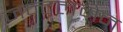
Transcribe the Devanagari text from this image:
जन्टलमेन